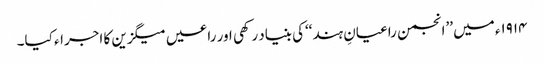
۱۹۱۴ء میں ’’انجمن راعیانِ ہند‘‘کی بنیاد رکھی اور راعیں میگزین کا اجراء کیا۔